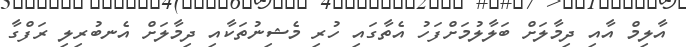
އާލިމް އާއި ދިމާލަށް ބަލާލުމަށްފަހު އެތާގައި ހުރި މެޝިނުތަކާއި ދިމާލަށް އެނބުރިލި ރަފްގާ